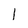
Character: I